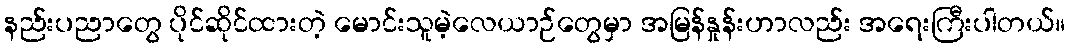
နည်းပညာတွေ ပိုင်ဆိုင်ထားတဲ့ မောင်းသူမဲ့လေယာဉ်တွေမှာ အမြန်နှုန်းဟာလည်း အရေးကြီးပါတယ်။